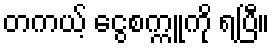
တကယ့် ငွေစက္ကူကို ရပြီ။